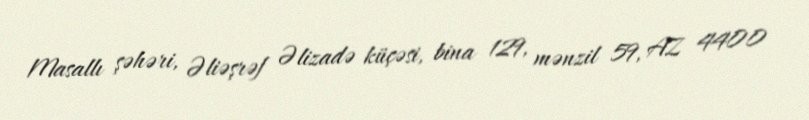
Masallı şəhəri, Əliəşrəf Əlizadə küçəsi, bina 129, mənzil 59, AZ 4400